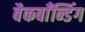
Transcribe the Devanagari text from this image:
बैकबाँन्डिंग